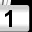
Digit: 1